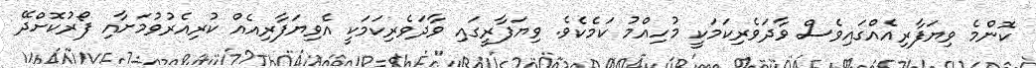
ކޮންމެ ވިޔަފާރިއެއްގައިވެސް ވާދަވެރިކަމަކީ މުހިއްމު ކަމެކެވެ. ވިޔަފާރީގައި ވާދަވެރިކަމަކީ އެވިޔަފާރިއެއް ކުރިއެރުވުމަށާއި ފޯރުކޮށްދޭ